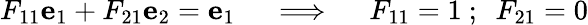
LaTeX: F_{11}\mathbf{e}_{1}+F_{21}\mathbf{e}_{2}=\mathbf{e}_{1}\quad\implies\quad F_{11}=1~;~~F_{21}=0